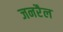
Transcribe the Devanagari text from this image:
जनरैल